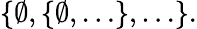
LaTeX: \{ \emptyset,\{ \emptyset,\dots\} ,\dots\} .